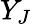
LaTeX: Y_{J}